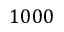
1 0 0 0